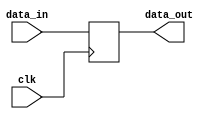
`timescale 1ns / 1ps
//////////////////////////////////////////////////////////////////////////////////
// Company: 
// Engineer: 
// 
// Design Name: 
// Module Name:    Return 
// Project Name: 
// Target Devices: 
// Tool versions: 
// Description: 
//
// Dependencies: 
//
// Revision: 
// Revision 0.01 - File Created
// Additional Comments: 
//
//////////////////////////////////////////////////////////////////////////////////
module Return ( input clk , input [ 31 : 0 ] data_in , output reg [ 31 : 0 ] data_out );
	always @ ( posedge clk )
	begin
		data_out <= data_in ;
	end
endmodule